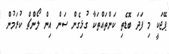
ޕޭޖަކީ މި ފަދަ ބޮޑެތި ކަންތައްތަކާ ގުޅިގެން ސަން އިން ލޯންޗް ކުރަމުން